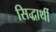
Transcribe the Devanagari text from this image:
सिद्धार्थी